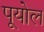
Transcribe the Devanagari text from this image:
पूयोल